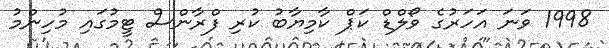
1998 ވަނަ އަހަރުގެ ވޯލްޑް ކަޕް ކާމިޔާބު ކުރި ފްރާންސް ޓީމުގައި މުހިންމު